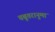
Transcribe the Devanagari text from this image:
चबूतरानुमा